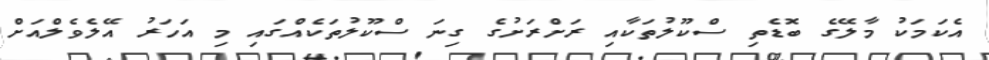
އެކަމަކު މާލޭގެ ބޮޑެތި ސްކޫލުތަކާއި ރަށްރަށުގެ ގިނަ ސްކޫލުތަކެއްގައި މި އަހަރު އޭލެވެލްއަށް